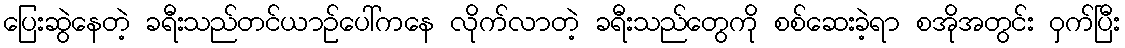
ပြေးဆွဲနေတဲ့ ခရီးသည်တင်ယာဉ်ပေါ်ကနေ လိုက်လာတဲ့ ခရီးသည်တွေကို စစ်ဆေးခဲ့ရာ စအိုအတွင်း ဝှက်ပြီး